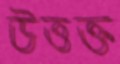
উত্তক্ত